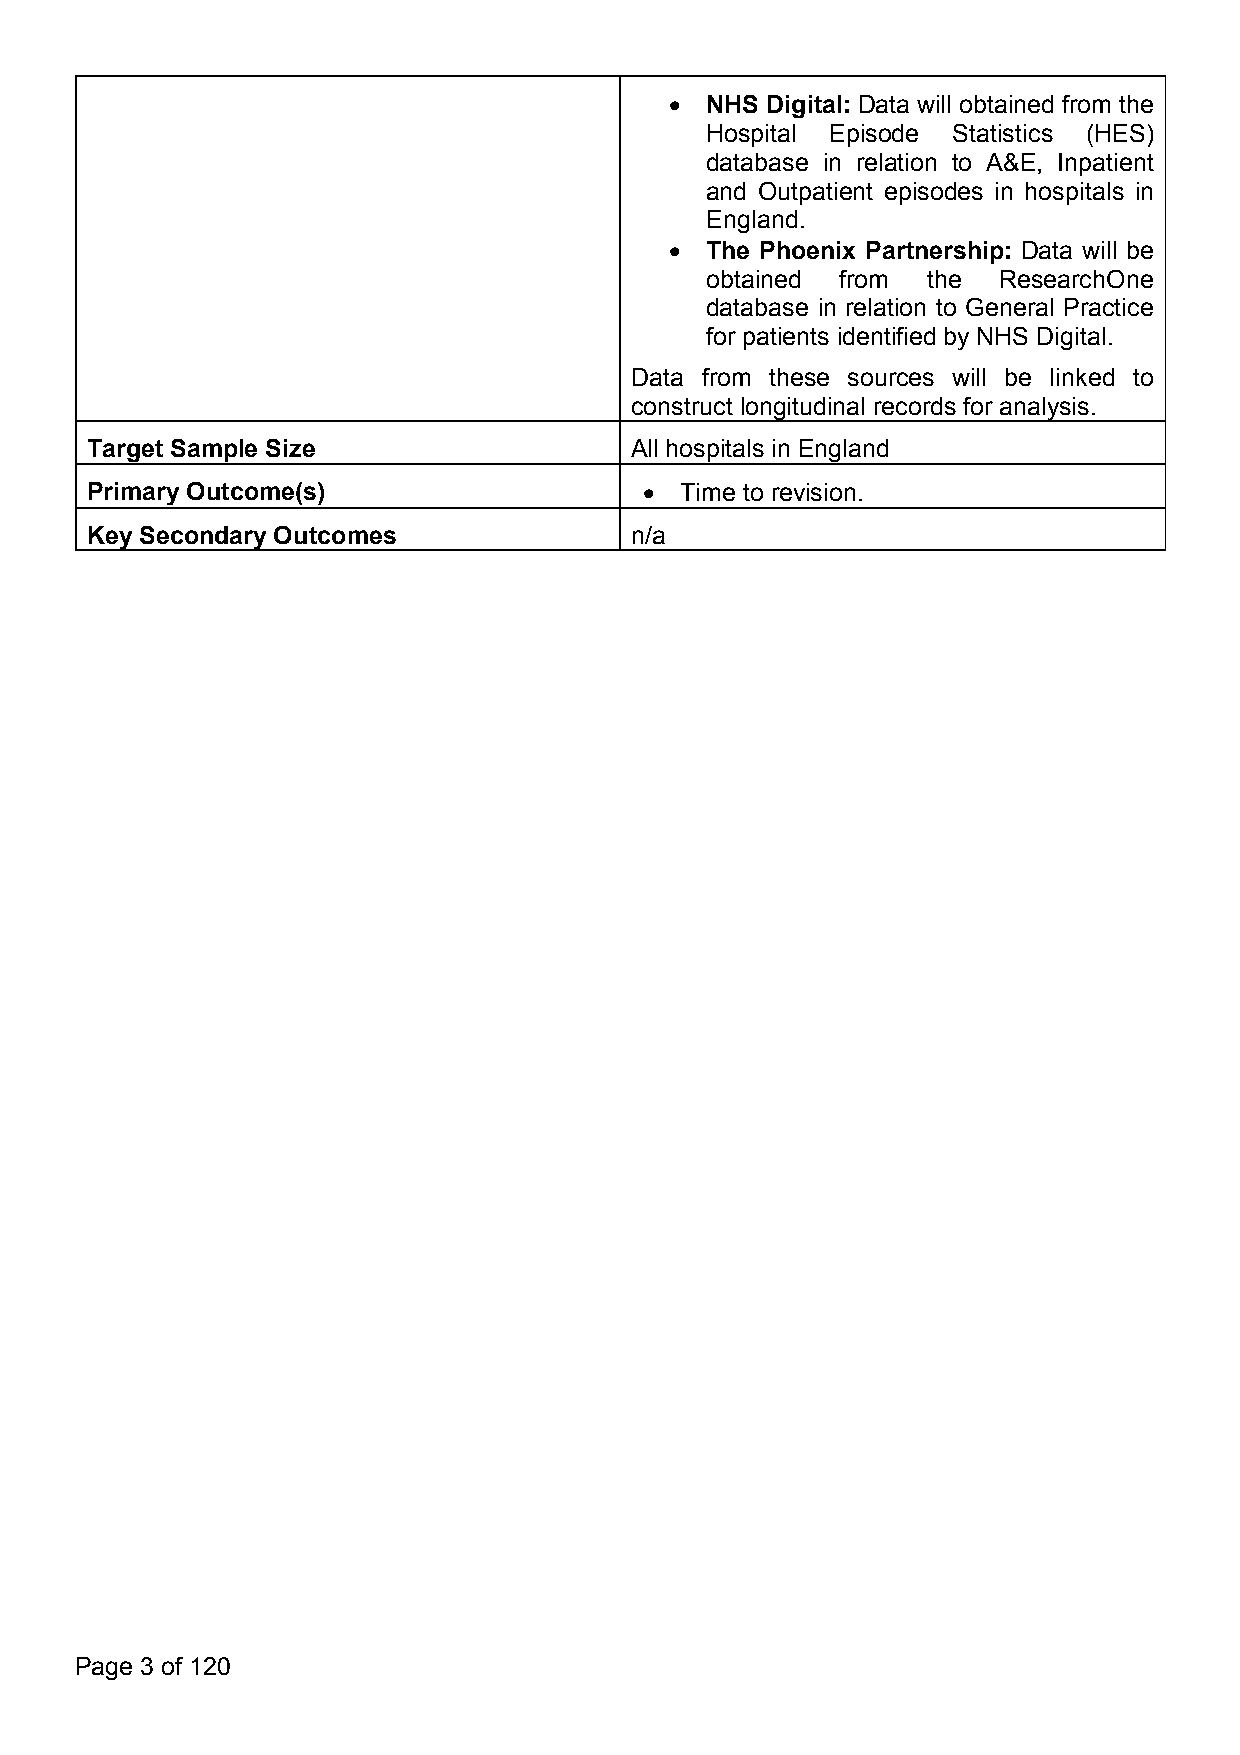
  NHS Digital: Data will obtained from the
 Hospital Episode Statistics (HES)
 database in relation to A&E, Inpatient
 and Outpatient episodes in hospitals in
 England.
   The Phoenix Partnership: Data will be
 obtained from the  ResearchOne
 database in relation to General Practice
 for patients identified by NHS Digital.
 Data from these sources will be linked to
 construct longitudinal records for analysis.
 Target Sample Size                  All hospitals in England
 Primary Outcome(s)                    Time to revision.
 Key Secondary Outcomes              n/a
 Page 3 of 120